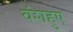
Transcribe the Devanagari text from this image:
वंशहुए